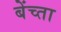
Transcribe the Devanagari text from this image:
बेंच्ता